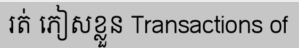
រត់ ភៀសខ្លួន Transactions of